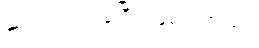
ဆင်းကြည့်ခဲ့ပြီး ဖြစ်ပါတယ်။